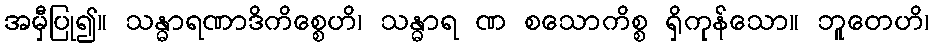
အမှီပြု၍။ သန္ဓာရဏာဒိကိစ္စေဟိ၊ သန္ဓာရ ဏ စသောကိစ္စ ရှိကုန်သော။ ဘူတေဟိ၊